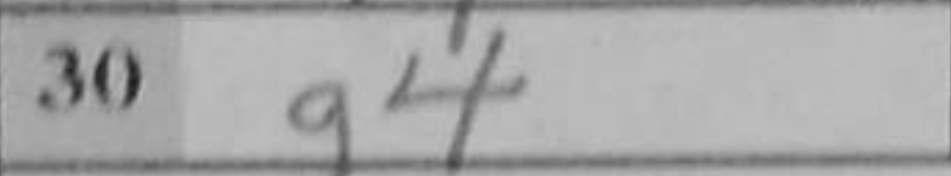
Transcription: g4